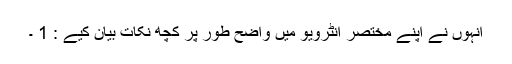
انہوں نے اپنے مختصر انٹرویو میں واضح طور پر کچھ نکات بیان کیے : 1 ۔